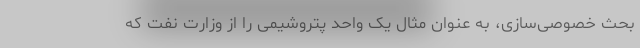
بحث خصوصی‌سازی‌، به عنوان مثال یک واحد پتروشیمی را از وزارت نفت که